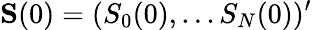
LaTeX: \mathbf{S}(0)=(S_{0}(0),\ldots S_{N}(0))^{\prime}